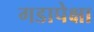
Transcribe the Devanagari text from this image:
गडापेक्षा